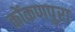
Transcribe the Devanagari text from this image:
कोंकणपुरा